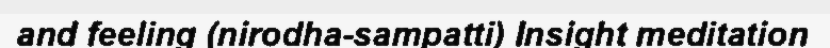
and feeling (nirodha-sampatti) Insight meditation